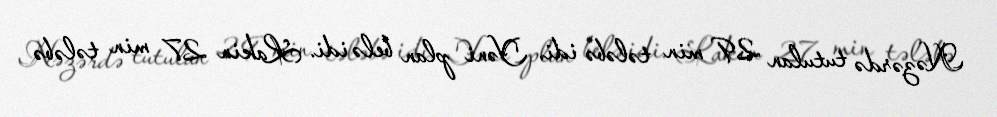
Nəzərdə tutulan 29 min tələbə idi. Yəni plan belə idi. Lakin 27 min tələbə